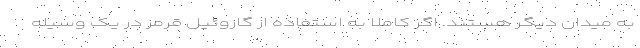
به میدان دیگر هستند. اگر کاملاً به استفاده از گازوئیل قرمز در یک وسیله